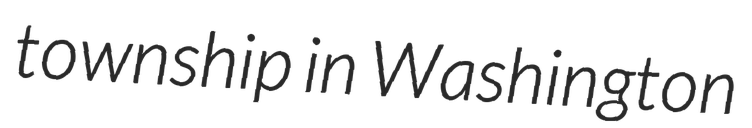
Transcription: township in Washington